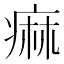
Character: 痲